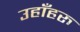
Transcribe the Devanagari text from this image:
उहाँहरु